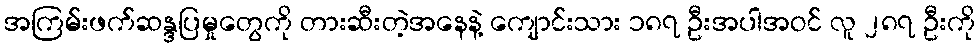
အကြမ်းဖက်ဆန္ဒပြမှုတွေကို တားဆီးတဲ့အနေနဲ့ ကျောင်းသား ၁၈၇ ဦးအပါအဝင် လူ ၂၈၇ ဦးကို